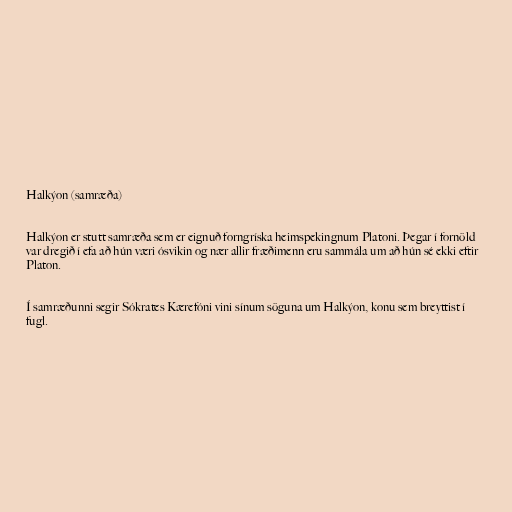
Halkýon (samræða)

Halkýon er stutt samræða sem er eignuð forngríska heimspekingnum Platoni. Þegar í fornöld
var dregið í efa að hún væri ósvikin og nær allir fræðimenn eru sammála um að hún sé ekki eftir
Platon.

Í samræðunni segir Sókrates Kærefóni vini sínum söguna um Halkýon, konu sem breyttist í
fugl.